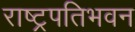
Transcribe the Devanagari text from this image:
राष्ट्रपतिभवन